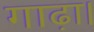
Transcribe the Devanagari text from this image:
गाढ़ा।